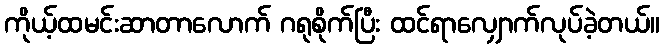
ကိုယ့်ထမင်းဆာတာလောက် ဂရုစိုက်ပြီး ထင်ရာလျှောက်လုပ်ခဲ့တယ်။